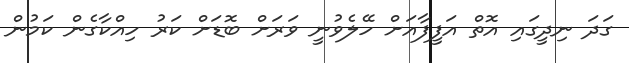
ގަދަ ނިދީގައި އޮތް އަފީފާއަށް ހޭލެވުނީ ވަރަށް ބޮޑަށް ކަރު ހިއްކާގެން ކަމުން